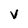
Character: v